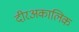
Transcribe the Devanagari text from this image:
दीरअकालिक